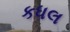
કધલ